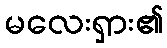
မလေးရှား၏